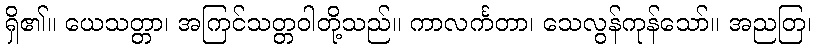
ရှိ၏။ ယေသတ္တာ၊ အကြင်သတ္တဝါတို့သည်။ ကာလင်္ကတာ၊ သေလွန်ကုန်သော်။ အညတြ၊